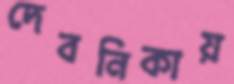
দেবনিকায়